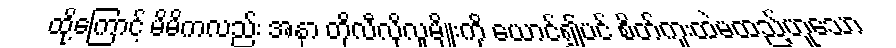
ထို့ကြောင့် မိမိကလည်း အနာ တိုလီလိုလူမျိုးကို ယောင်၍ပင် စိတ်ကူးထဲမထည့်ဟူသော